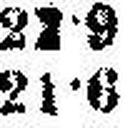
21•6